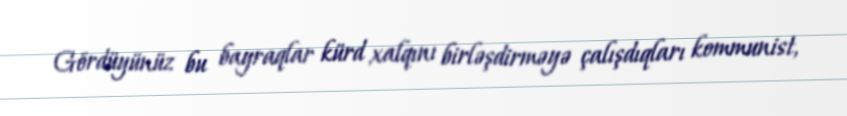
Gördüyünüz bu bayraqlar kürd xalqını birləşdirməyə çalışdıqları kommunist,